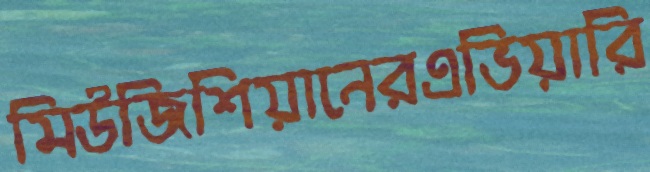
মিউজিশিয়ানেরএভিয়ারি